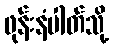
ဖုန်းနံပါတ်သို့